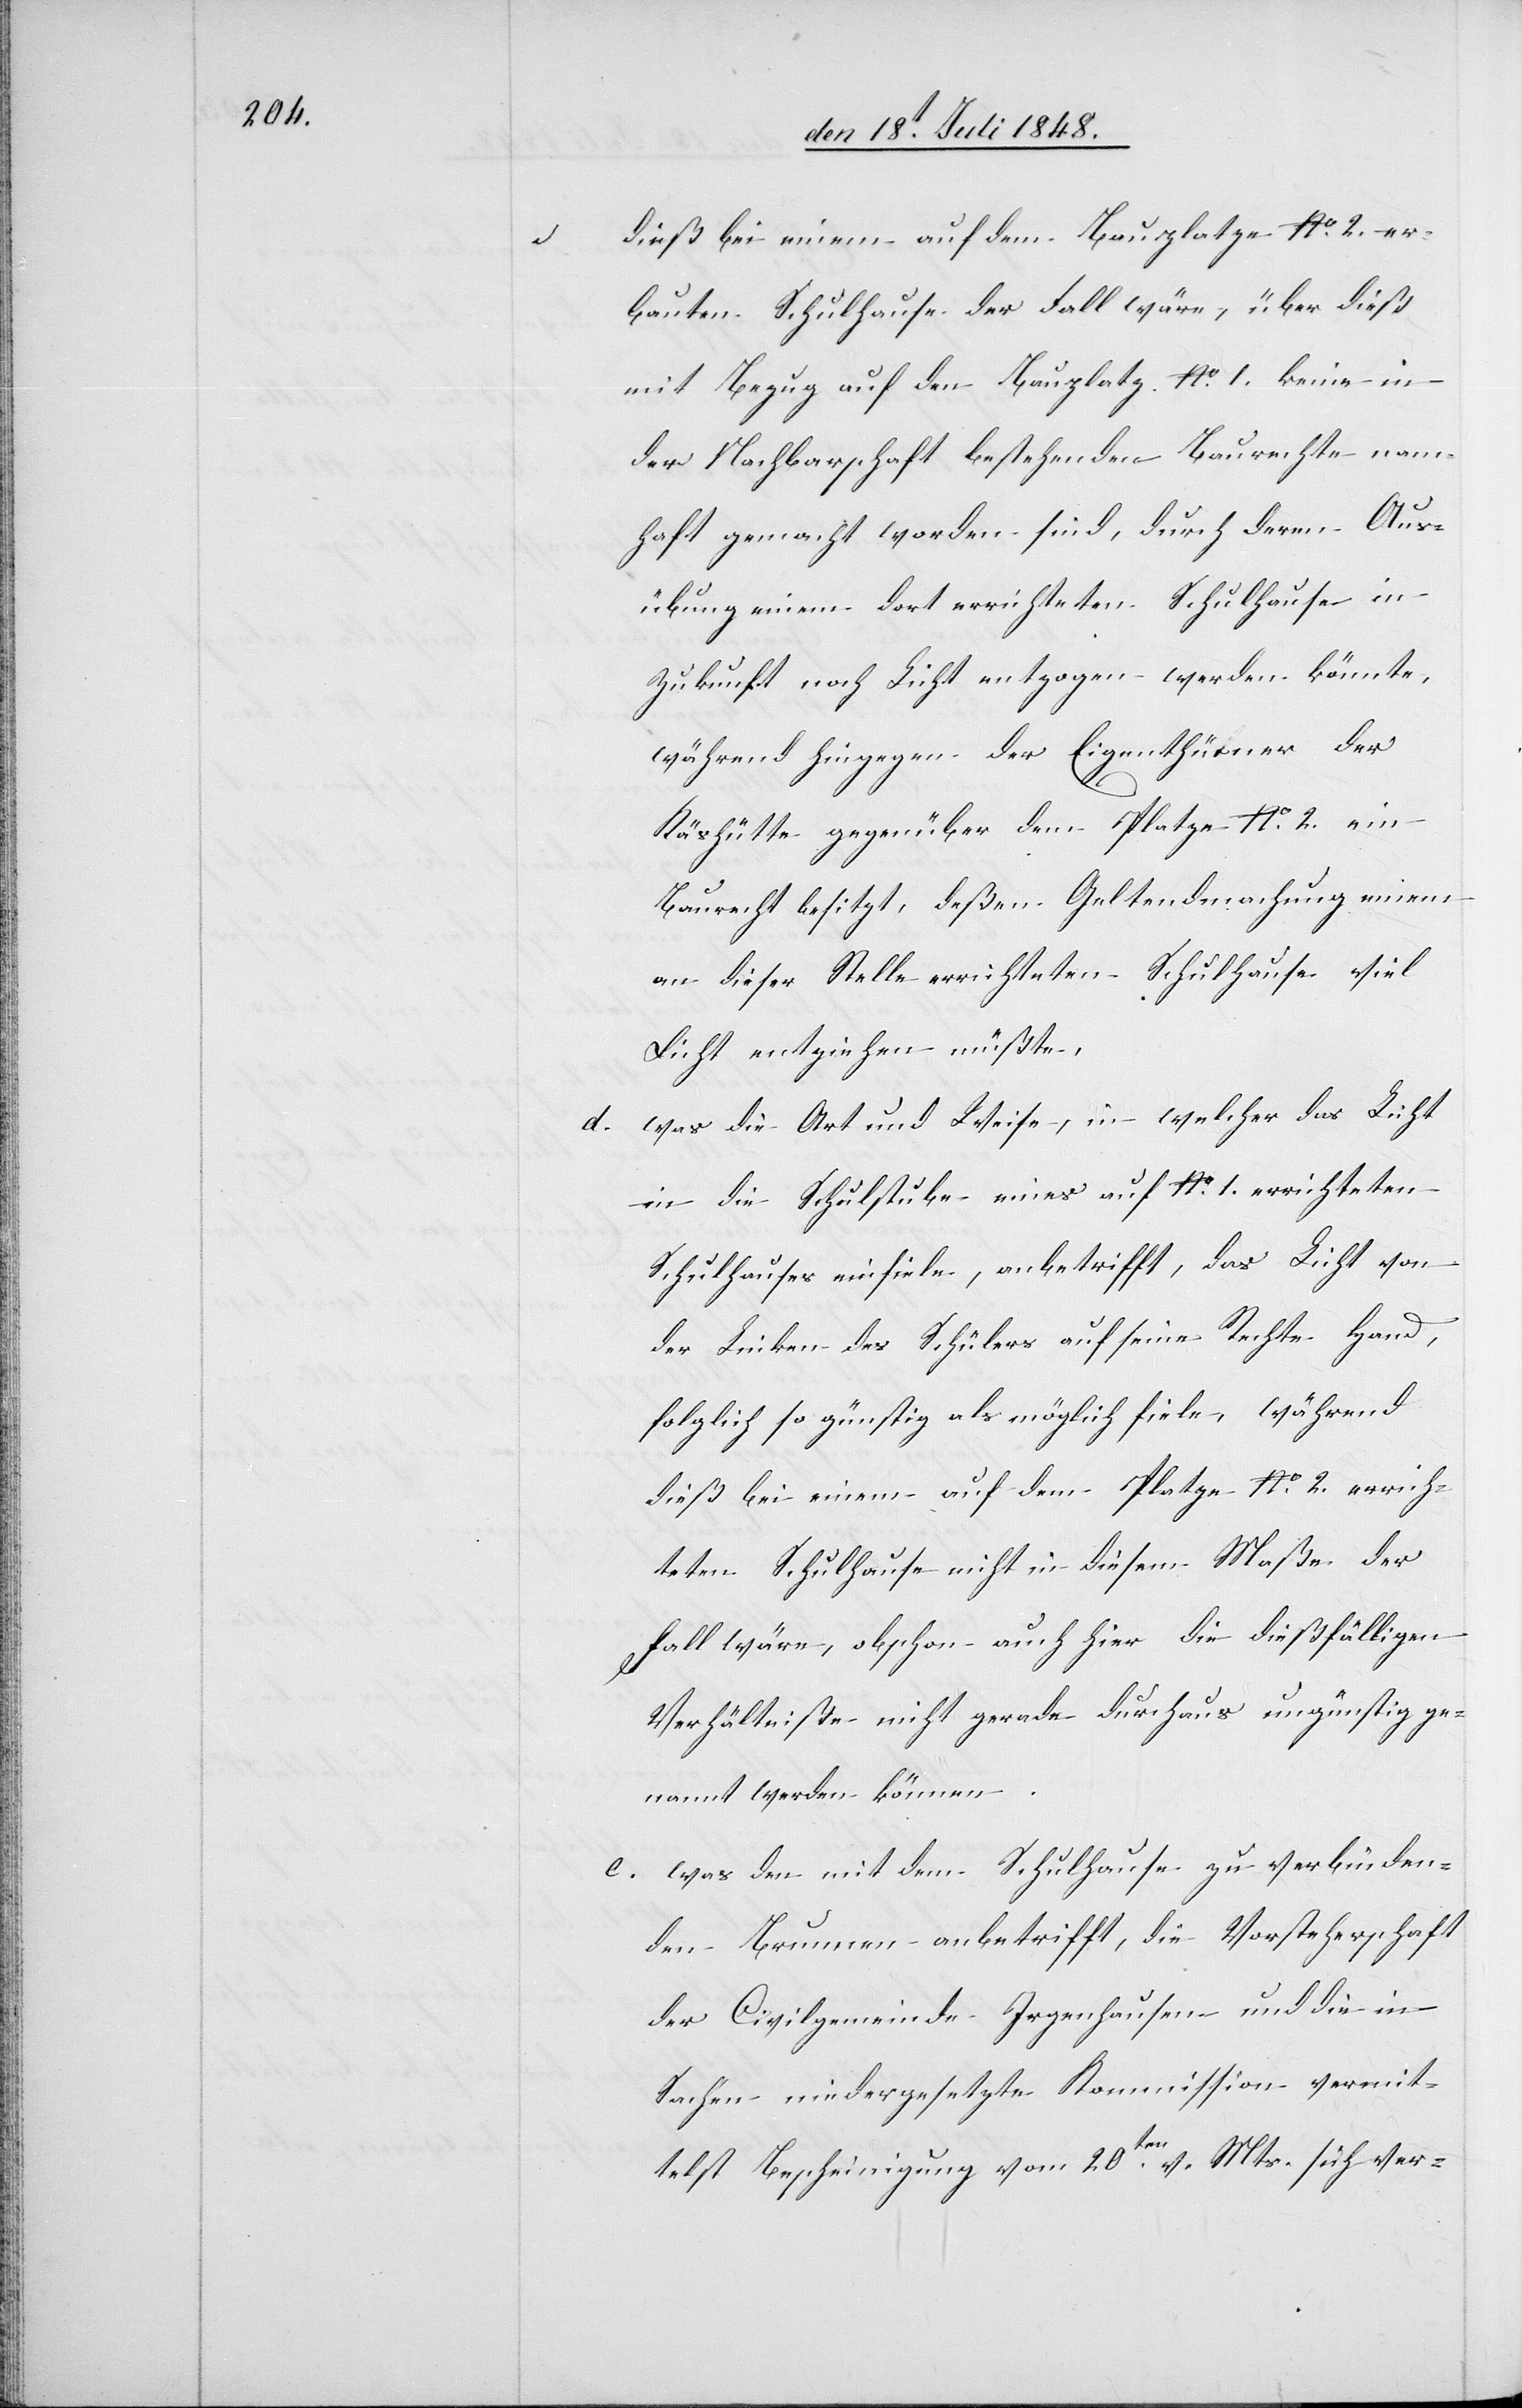
dieß bei einem auf dem Bauplatze No 2. er¬
bauten Schulhause der Fall wäre, über dieß
mit Bezug auf den Bauplatz No 1. keine in
der Nachbarschaft bestehenden Baurechte nam¬
haft gemacht worden sind, durch deren Aus¬
übung einem dort errichteten Schulhause in
Zukunft noch Licht entzogen werden könnte,
während hingegen der Eigenthümer der
Käshütte gegenüber dem Platze No 2. ein
Baurecht besitzt, deßen Geltendmachung einem
an dieser Stelle errichteten Schulhause viel
Licht entziehen müßte.
d. was die Art und Weise, in welcher das Licht
in die Schulstube eines auf No 1. errichteten
Schulhauses einfiele, anbetrifft, das Licht von
der Linken des Schülers auf seine Rechte Hand,
folglich so günstig als möglich fiele, während
dieß bei einem auf dem Platze No 2. errich¬
teten Schulhause nicht in diesem Maße der
Fall wäre, obschon auch hier die dießfälligen
Verhältniße nicht gerade durchaus ungünstig ge¬
nannt werden können.
e. was den mit dem Schulhause zu verbinden¬
den Brunnen anbetrifft, die Vorsteherschaft
der Civilgemeinde Irgenhausen und die in
Sachen niedergesetzte Kommission vermit¬
telst Bescheinigung vom 20ten v. Mts. sich ver-